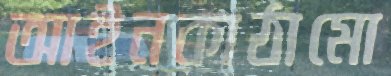
আইনকাঠামো